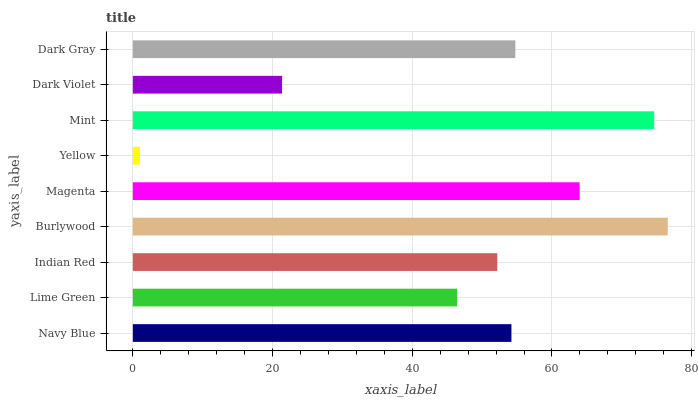
| yaxis_label | bars |
 | --- | --- |
 | Navy Blue | 54.2 |
 | Lime Green | 46.4 |
 | Indian Red | 52.2 |
 | Burlywood | 76.6 |
 | Magenta | 64 |
 | Yellow | 1.01 |
 | Mint | 74.6 |
 | Dark Violet | 21.4 |
 | Dark Gray | 54.8 |